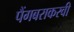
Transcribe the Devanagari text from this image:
पैंगबराकरवी